Lunatic asylums Madras 1877-1891 - 1877-1891
Year: 1877
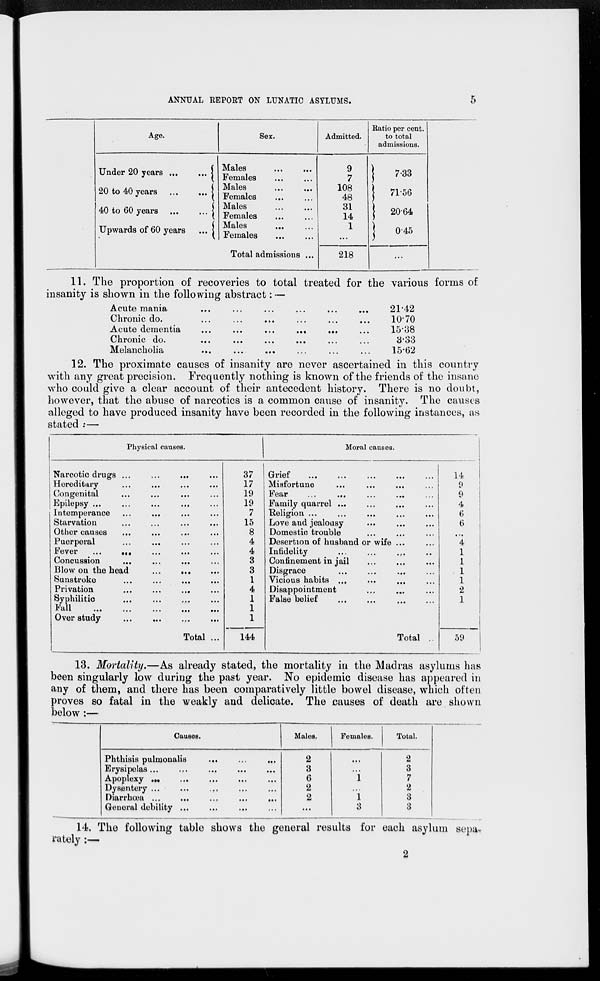
ANNUAL REPORT ON LUNATIC ASYLUMS.
5
Age.
Under 20 years
...
...
20 to 40 years
...
...
40 to 60 years ... ...
Upwards of 60 years ...
Sex.
Males... ...
Females... ...
Males... ...
Females... ...
Males... ...
Females... ...
Males... ...
Females... ...
Total admissions ...
Admitted.
9
7
108
48
31
14
1
...
218
Ratio per cent.
to total
admissions.
7.33
71.56
20.64
0.45
...
11. The proportion of recoveries to total treated for the various forms of
insanity is shown in the following abstract: —
Acute mania ... ... ... ... ... ...
Chronic do. ... ... ... ... ... ...
Acute dementia ... ... ... ... ... ...
Chronic do. ... ... ... ... ... ...
Melancholia ... ... ... ... ... ...
21.42
10.70
15.38
3.33
15.62
12. The proximate causes of insanity are never ascertained in this country
with any great precision. Frequently nothing is known of the friends of the insane
who could give a clear account of their antecedent history. There is no doubt,
however, that the abuse of narcotics is a common cause of insanity. The causes
alleged to have produced insanity have been recorded in the following instances, as
stated :—
Physical causes.
Narcotic drugs ... ... ... ...
Hereditary ... ... ... ...
Congenital ... ... ... ...
Epilepsy ... ... ... ...
Intemperance... ... ... ...
Starvation... ... ... ...
Other causes... ... ... ...
Puerperal... ... ... ...
Fever
... ... ... ... ...
Concussion... ... ... ...
Blow on the head ... ... ... ...
Sunstroke... ... ... ...
Privation... ... ... ...
Syphilitic... ... ... ...
Fall
...
...
...
...
...
Over study
...
...
...
...
Total ...
37
17
19
19
7
15
8
4
4
3
3
1
4
1
1
1
144
Moral causes.
{
Grief ... ... ... ...
Misfortune... ... ... ...
Fear
...
...
...
...
Family quarrel ... ... ... ...
Religion ... ... ... ... ...
Love and jealousy... ... ... ...
Domestic trouble... ... ... ...
Desertion of husband or wife ...
Infidelity... ... ... ...
Confinement in jail... ... ...
Disgrace... ... ... ...
Vicious habits ... ... ... ...
Disappointment... ... ... ...
False belief
...
...
...
...
Total ..
14
9
9
4
6
6
...
4
1
1
1
1
2
1
59
13. Mortality.—As already stated, the mortality in the Madras asylums has
been singularly low during the past year. No epidemic disease has appeared in
any of them, and there has been comparatively little bowel disease, which often
proves so fatal in the weakly and delicate. The causes of death are shown
below:—
Causes.
Phthisis pulmonalis... ... ...
Erysipelas... ... ... ... ...
Apoplexy
...
...
...
...
Dysentery ... ... ... ... ...
Diarrhœa ...
...
...
...
...
General debility ...
Males.
2
3
6
2
2
...
Females.
...
...
1
...
1
3
Total.
2
3
7
2
3
3
14. The following table shows the general results for each asylum sepa-
rately :—
2